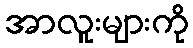
အာလူးများကို